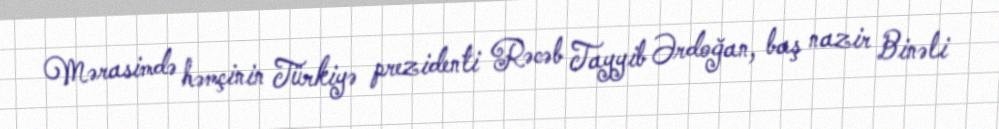
Mərasimdə həmçinin Türkiyə prezidenti Rəcəb Tayyib Ərdoğan, baş nazir Binəli